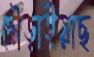
দৌড়াইয়াছ